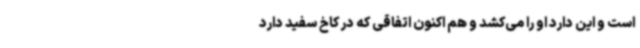
است و این دارد او را می‌کشد و هم اکنون اتفاقی که در کاخ سفید دارد